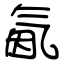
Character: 氤